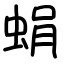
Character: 蜎